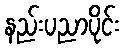
နည်းပညာပိုင်း